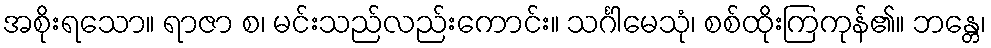
အစိုးရသော။ ရာဇာ စ၊ မင်းသည်လည်းကောင်း။ သင်္ဂါမေသုံ၊ စစ်ထိုးကြကုန်၏။ ဘန္တေ၊